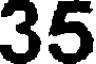
35